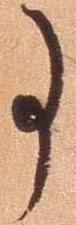
事